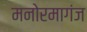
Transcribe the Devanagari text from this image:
मनोरमागंज